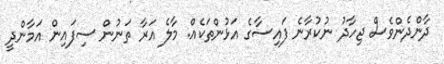
ދާންދެންވެސް ޖިހާދު ނުކުރާނެ ފައިސާގެ އަޅުންތަކެއް. މާލެ އަރާ ތަނުން ސިފައިން އަމާންދީ